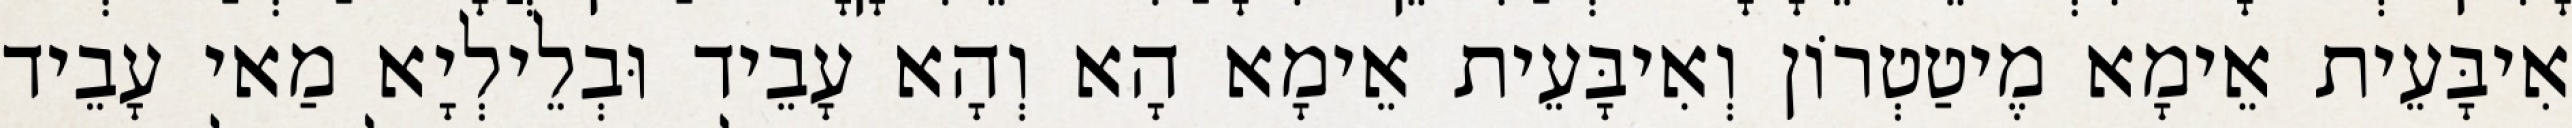
אִיבָּעֵית אֵימָא מֶיטַטְרוֹן וְאִיבָּעֵית אֵימָא הָא וְהָא עָבֵיד וּבְלֵילְיָא מַאי עָבֵיד